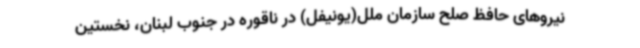
نیروهای حافظ صلح سازمان ملل(یونیفل) در ناقوره در جنوب لبنان، نخستین